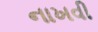
નાખવી